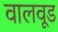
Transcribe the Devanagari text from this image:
वालवूड